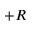
+ R